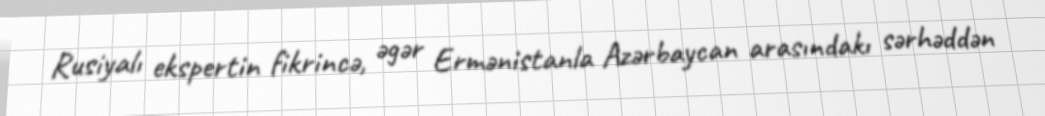
Rusiyalı ekspertin fikrincə, əgər Ermənistanla Azərbaycan arasındakı sərhəddən